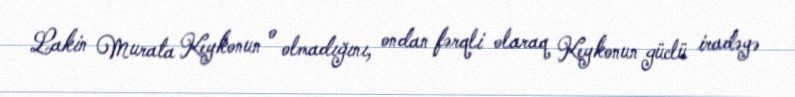
Lakin Murata Keykonun o olmadığını, ondan fərqli olaraq Keykonun güclü iradəyə